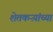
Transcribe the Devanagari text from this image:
शेतकऱ्य़ांच्या